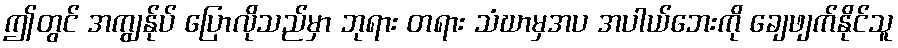
ဤတွင် အကျွန်ုပ် ပြောလိုသည်မှာ ဘုရား တရား သံဃာမှအပ အပါယ်ဘေးကို ချေဖျက်နိုင်သူ